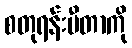
စတုရန်းမီတာကို